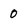
Character: 0